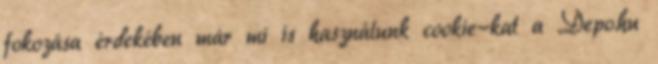
fokozása érdekében már mi is használunk cookie-kat a Depo.hu